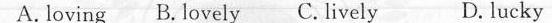
A.loving B. Lovely C.lively D.lucky